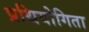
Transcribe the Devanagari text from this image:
प्रथियोगिता